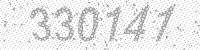
Solution: 330141